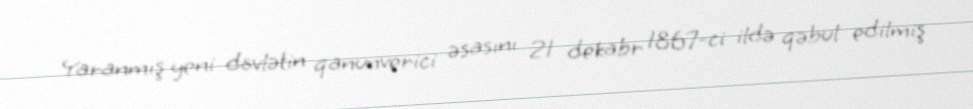
Yaranmış yeni dövlətin qanunverici əsasını 21 dekabr 1867-ci ildə qəbul edilmiş